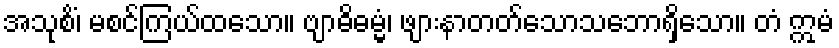
အသုစိံ၊ မစင်ကြယ်ထသော။ ဗျာဓိဓမ္မံ၊ ဖျားနာတတ်သောသဘောရှိသော။ တံ ဣမံ